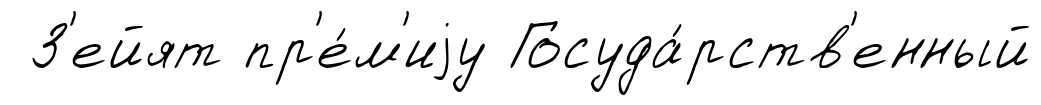
З'ейят пр'е́м'иjу Госуда́рств'енный